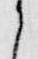
之